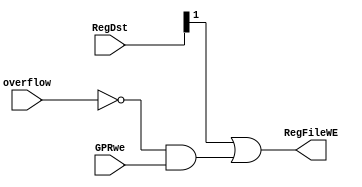
module OverflowProc (
    input wire[1:0] RegDst,
    input wire overflow,
    input wire GPRwe,

    output wire RegFileWE
);
    assign RegFileWE = RegDst[1] | (~overflow & GPRwe);
endmodule